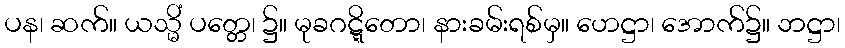
ပန၊ ဆက်။ ယသ္မိံ ပတ္တေ၊ ၌။ မုခဂဋ္ဋိတော၊ နားခမ်းရစ်မှ။ ဟေဋ္ဌာ၊ အောက်၌။ ဘဋ္ဌာ၊